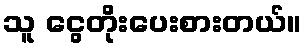
သူ ငွေတိုးပေးစားတယ်။